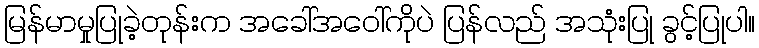
မြန်မာမှုပြုခဲ့တုန်းက အခေါ်အဝေါ်ကိုပဲ ပြန်လည် အသုံးပြု ခွင့်ပြုပါ။